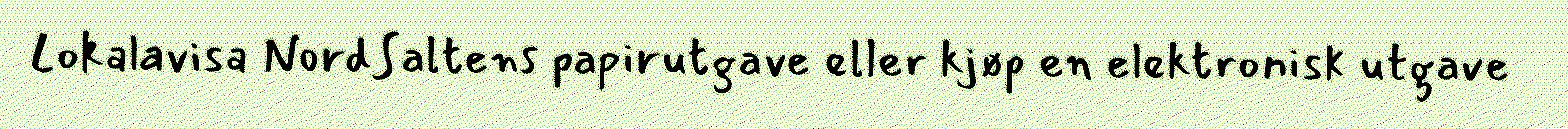
Lokalavisa NordSaltens papirutgave eller kjøp en elektronisk utgave